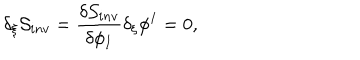
\delta _ { \xi } { \cal S } _ { i n v } = { \frac { \delta { \cal S } _ { i n v } } { \delta \phi _ { I } } } \delta _ { \xi } \phi ^ { I } = 0 ,